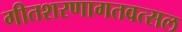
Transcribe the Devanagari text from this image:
गीतशरणागतवत्सल